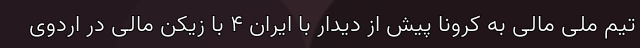
تیم ملی مالی به کرونا پیش از دیدار با ایران 4 با زیکن مالی در اردوی